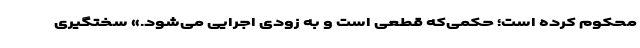
محکوم کرده است؛ حکمی‌که قطعی است و به زودی اجرایی می‌شود.» سختگیری